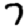
Digit: 7